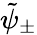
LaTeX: \tilde{\psi}_{\pm}